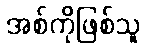
အစ်ကိုဖြစ်သူ